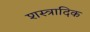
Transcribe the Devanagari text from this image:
शस्त्रादिक